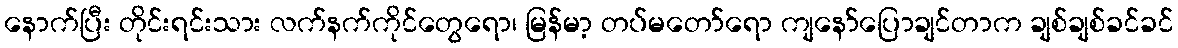
နောက်ပြီး တိုင်းရင်းသား လက်နက်ကိုင်တွေရော၊ မြန်မာ့ တပ်မတော်ရော ကျနော်ပြောချင်တာက ချစ်ချစ်ခင်ခင်